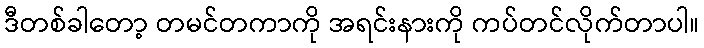
ဒီတစ်ခါတော့ တမင်တကာကို အရင်းနားကို ကပ်တင်လိုက်တာပါ။